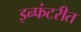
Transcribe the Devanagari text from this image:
इन्फंटरीत